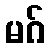
မဂ်